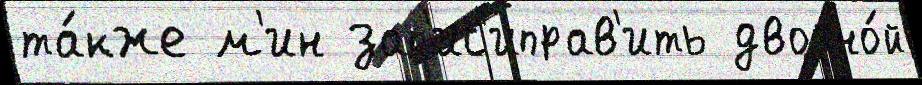
та́кже м'ин зап'ис'иправ'ить двойно́й